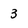
Character: 3